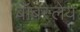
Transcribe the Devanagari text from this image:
बॉबस्लेय